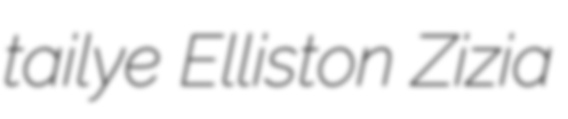
tailye Elliston Zizia